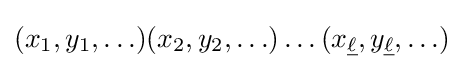
(x_{1},y_{1},\ldots )(x_{2},y_{2},\ldots )\ldots (x_{\underline {\ell }},y_{\underline {\ell }},\ldots )